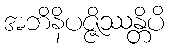
အဘိနိပဇ္ဇိဿန္တိပိ